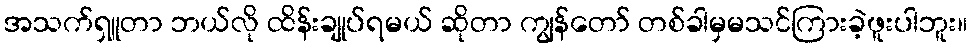
အသက်ရှူတာ ဘယ်လို ထိန်းချုပ်ရမယ် ဆိုတာ ကျွန်တော် တစ်ခါမှမသင်ကြားခဲ့ဖူးပါဘူး။